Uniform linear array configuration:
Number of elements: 16
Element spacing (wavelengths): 0.75
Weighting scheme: kaiser
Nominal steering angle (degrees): -60
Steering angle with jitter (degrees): -60.785
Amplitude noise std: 0.05
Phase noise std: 0.05

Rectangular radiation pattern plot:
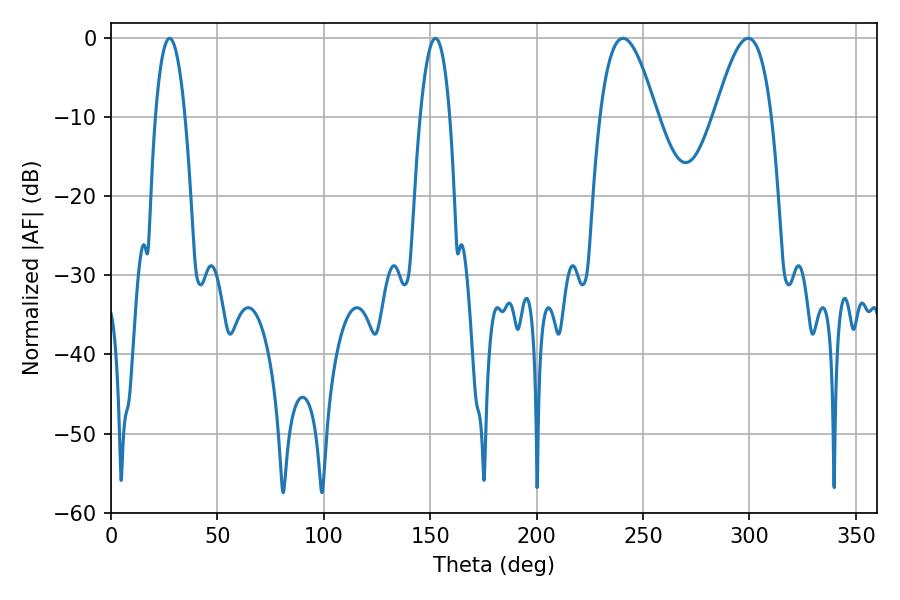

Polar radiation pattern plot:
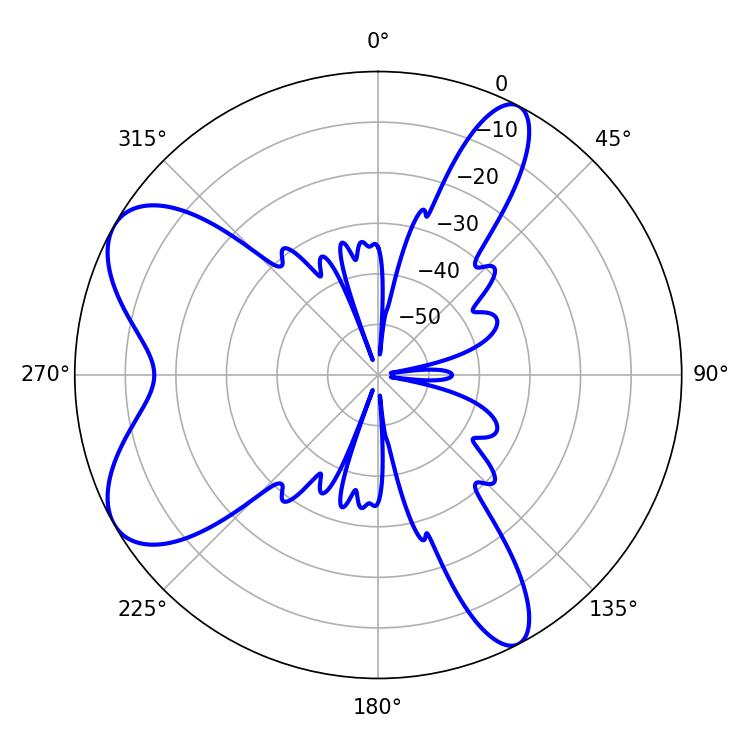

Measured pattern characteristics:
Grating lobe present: TRUE
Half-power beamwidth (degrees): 7.74
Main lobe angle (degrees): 27.54